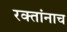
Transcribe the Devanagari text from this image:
रक्‍तांनाच